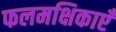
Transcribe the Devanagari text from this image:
फलमक्षिकाएँ